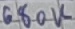
Text: 680K